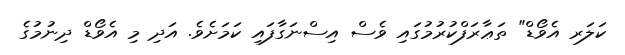
ކަލަރ އެވޯޑް" ތަޢާރަފްކުރުމުގައި ވެސް އިސްނަގާފައި ކަމަށެވެ. އަދި މި އެވޯޑް ދިނުމުގެ